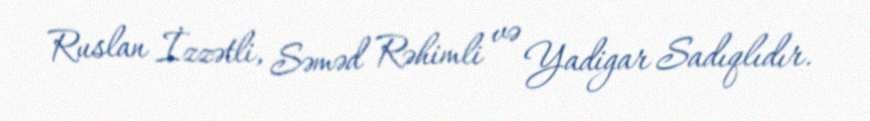
Ruslan İzzətli, Səməd Rəhimli və Yadigar Sadıqlıdır.